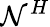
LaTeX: \mathcal{N}^{H}